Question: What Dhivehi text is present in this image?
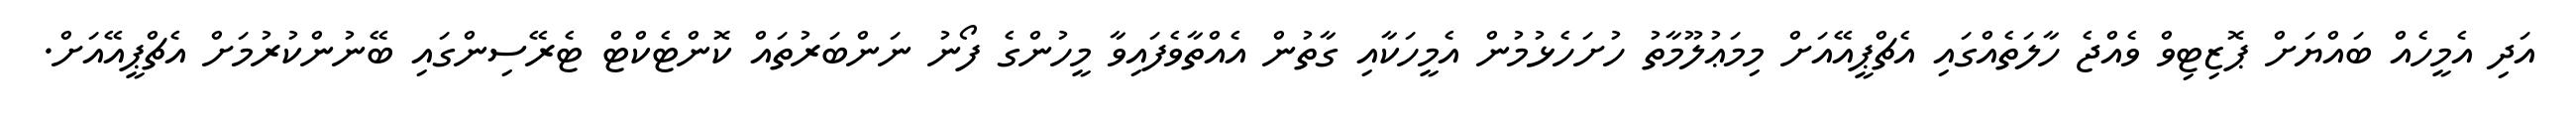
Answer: އަދި އެމީހެއް ބައްޔަށް ޕޮޒިޓިވް ވެއްޖެ ހާލަތެއްގައި އެޗްޕީއޭއަށް މިމަޢުލޫމާތު ހުށަހެޅުމުން އެމީހަކާއި ގާތުން އެއްތާވެފައިވާ މީހުންގެ ފޯނު ނަންބަރުތައް ކޮންޓެކްޓް ޓެރޭސިންގައި ބޭނުންކުރުމަށް އެޗްޕީއޭއަށް.